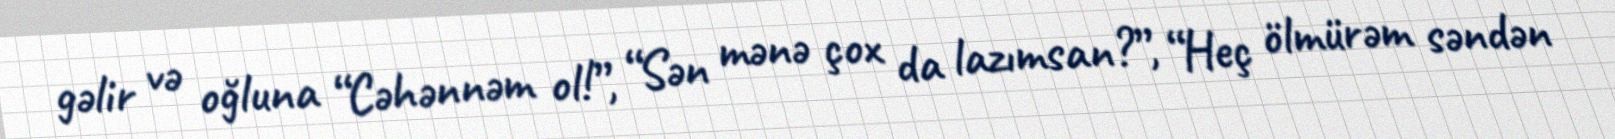
gəlir və oğluna “Cəhənnəm ol!”, “Sən mənə çox da lazımsan?”, “Heç ölmürəm səndən